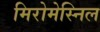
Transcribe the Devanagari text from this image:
मिरोमेस्निल